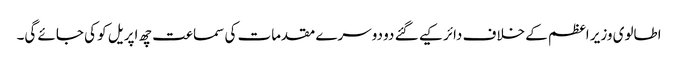
اطالوی وزیر اعظم کے خلاف دائر کیے گئے دو دوسرے مقدمات کی سماعت چھ اپریل کو کی جائے گی۔